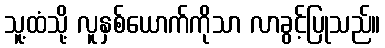
သူ့ထံသို့ လူနှစ်ယောက်ကိုသာ လာခွင့်ပြုသည်။